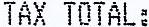
TAX TOTAL: